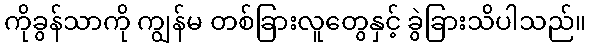
ကိုခွန်သာကို ကျွန်မ တစ်ခြားလူတွေနှင့် ခွဲခြားသိပါသည်။